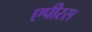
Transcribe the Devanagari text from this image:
एपीरस